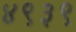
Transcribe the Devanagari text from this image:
४९३९